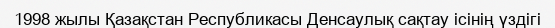
1998 жылы Қазақстан Республикасы Денсаулық сақтау ісінің үздігі